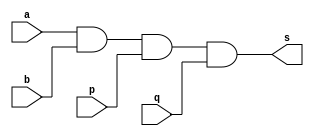
// ------------------------- 
// Exemplo0031 - F4 
// Nome: Gabriel Luiz M. G. Vieira 
// ------------------------- 
// ------------------------- 
// f4_gate 
// ------------------------- 
module f4 (output  s,
input  a, 
input  b,
input  p,
input  q);

and AND1(s,a,b,p,q);

endmodule//f4
module f5 (output  s1,
input  c, 
input  d,
input  r,
input  t);

or OR1(s1,c,d,r,t);

 endmodule // f5
module test_f4_f5; 
// ------------------------- definir dados 
reg x,y,z,w;  
wire g,h;
f4 modulo1 (g,x,y,z,w);
f5 modulo2 (h,x,y,z,w);
// ------------------------- parte principal 
initial begin 
$display("Exemplo0031 - Gabriel Luiz M. G. Vieira - 441691"); 
$display("Test LU's module"); 
x = 'b0; y = 'b0; z = 'b0; w = 'b0;
// projetar testes do modulo 
#1 $monitor("%3b %3b %3b %3b - AND = %3b - OR = %3b",x,y,z,w,g,h);
#1 x = 'b0; y = 'b0;z ='b0;w ='b1;
#1 x = 'b0; y = 'b0;z ='b1;w ='b0;
#1 x = 'b0; y = 'b0;z ='b1;w ='b1;
#1 x = 'b0; y = 'b1;z ='b0;w ='b0;
#1 x = 'b0; y = 'b1;z ='b0;w ='b1;
#1 x = 'b0; y = 'b1;z ='b1;w ='b0;
#1 x = 'b0; y = 'b1;z ='b1;w ='b1;
#1 x = 'b1; y = 'b0;z ='b0;w ='b1;
#1 x = 'b1; y = 'b0;z ='b1;w ='b0;
#1 x = 'b1; y = 'b0;z ='b1;w ='b1;
#1 x = 'b1; y = 'b1;z ='b0;w ='b0;
#1 x = 'b1; y = 'b1;z ='b0;w ='b1;
#1 x = 'b1; y = 'b1;z ='b1;w ='b0;
#1 x = 'b1; y = 'b1;z ='b1;w ='b1;

end 
endmodule // test_f4